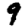
Digit: 9